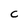
Character: C